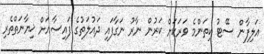
އަލިފާން ސޭޓު ކިތަންމެ ވަރަކަށް ކަރުން ނާރު ނަގާފައި ދައުލަތުގެ ފައިސާއަށް ޚިޔާނަތްތެރި